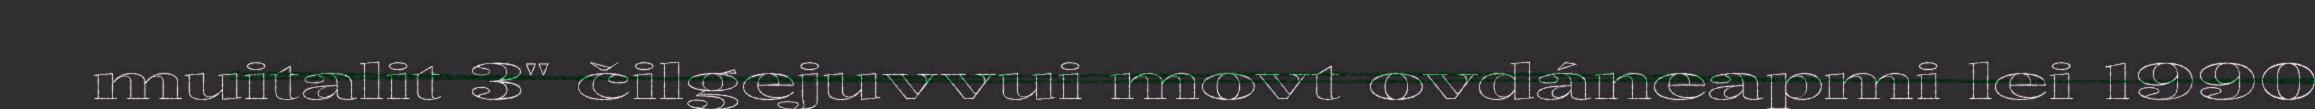
muitalit 3" čilgejuvvui movt ovdáneapmi lei 1990